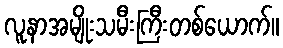
လူနာအမျိုးသမီးကြီးတစ်ယောက်။